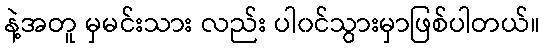
နဲ့အတူ မှမင်းသား လည်း ပါ၀င်သွားမှာဖြစ်ပါတယ်။